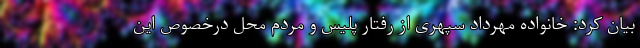
بیان کرد: خانواده مهرداد سپهری از رفتار پلیس و مردم محل درخصوص این